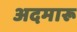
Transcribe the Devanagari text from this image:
अदमारू